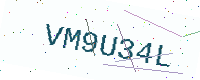
Text: VM9U34L